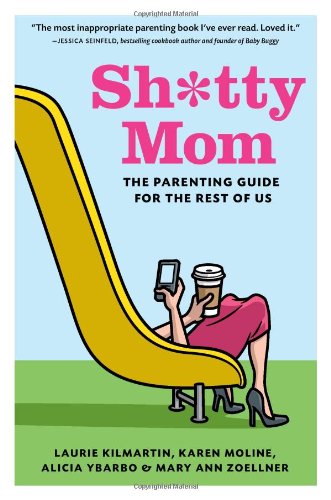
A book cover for Sh*tty Mom: The Parenting Guide for the Rest of Us; Laurie Kilmartin; Humor & Entertainment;